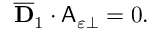
\begin{array} { r } { \overline { { \mathbf { D } } } _ { 1 } \cdot \mathsf { A } _ { \varepsilon \perp } = 0 . } \end{array}